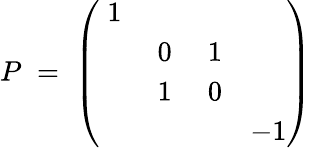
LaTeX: P\; =\; \left(\begin{array}{cccc}{{\; 1}}&{{}}&{{}}&{{}}\\ {{}}&{{\; 0}}&{{\; 1}}&{{}}\\ {{}}&{{\; 1}}&{{\; 0}}&{{}}\\ {{}}&{{}}&{{}}&{{-1}}\end{array}\right)